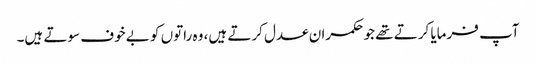
آپ فرمایا کرتے تھے جو حکمران عدل کرتے ہیں، وہ راتوں کو بے خوف سوتے ہیں۔